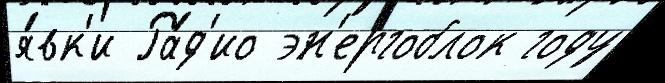
я́вк'и Ра́д'ио эн'ергоблок году